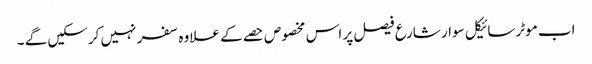
اب موٹرسائیکل سوار شارع فیصل پر اس مخصوص حصے کے علاوہ سفر نہیں کرسکیں گے ۔